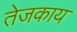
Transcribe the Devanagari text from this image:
तेजकाय